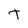
Character: t